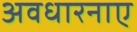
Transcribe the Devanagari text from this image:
अवधारनाए